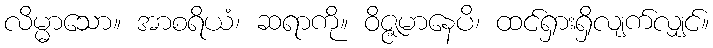
လိမ္မာသော။ အာစရိယံ၊ ဆရာကို။ ဝိဇ္ဇမာနေပိ၊ ထင်ရှားရှိလျက်လျှင်။